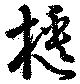
櫃